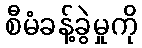
စီမံခန့်ခွဲမှုကို